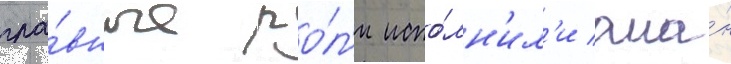
гла́вные ро́л'и испо́лн'ил'и ала́н